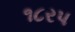
૧૮રપ